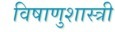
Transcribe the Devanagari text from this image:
विषाणुशास्त्री